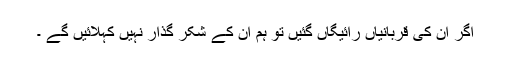
اگر ان کی قربانیاں رائیگاں گئیں تو ہم ان کے شکر گذار نہیں کہلائیں گے ۔